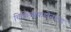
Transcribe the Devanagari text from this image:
चिकित्सकडोनाल्ड